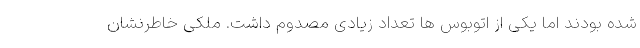
شده بودند اما یکی از اتوبوس ها تعداد زیادی مصدوم داشت. ملکی خاطرنشان